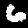
Label: 6